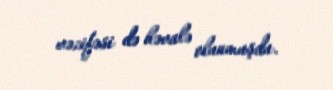
vəzifəsi də həvalə olunmuşdu.